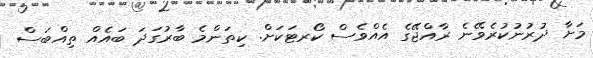
މަށާ ދުރުނުކުރެވޭނެ ރާއްޖޭގެ އެއްވެސް ކޯރޓަކަށް. ކިތަންމެ ބާރުގަދަ ބައެއް ތިއްބަސް